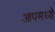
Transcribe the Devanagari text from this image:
आपमध्ये